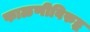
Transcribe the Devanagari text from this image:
फाळणीविरुद्ध